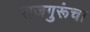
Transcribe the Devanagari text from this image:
राजगुरूंचा